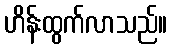
ဟိန်းထွက်လာသည်။